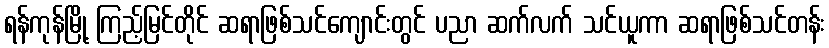
ရန်ကုန်မြို့ ကြည့်မြင်တိုင် ဆရာဖြစ်သင်ကျောင်းတွင် ပညာ ဆက်လက် သင်ယူကာ ဆရာဖြစ်သင်တန်း